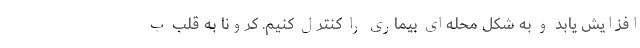
افزایش یابد و به شکل محله‌ای بیماری را کنترل کنیم. کرونا به قلب ب